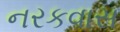
નરકવાસ